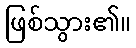
ဖြစ်သွား၏။